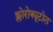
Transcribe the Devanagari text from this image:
क्लोरोक्यूटोल